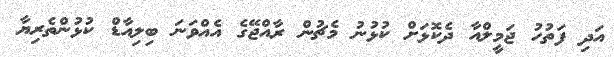
އަދި ފަތުހު ޖަމީލްއާ ދެކޮޅަށް ކުޅުނު މެޗުން ރާއްޖޭގެ އެއްވަނަ ބިލިއާޑް ކުޅުންތެރިޔާ